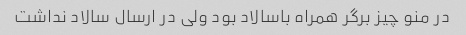
در منو چیز برگر همراه باسالاد بود ولی در ارسال سالاد نداشت